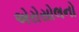
એરોસોલનો